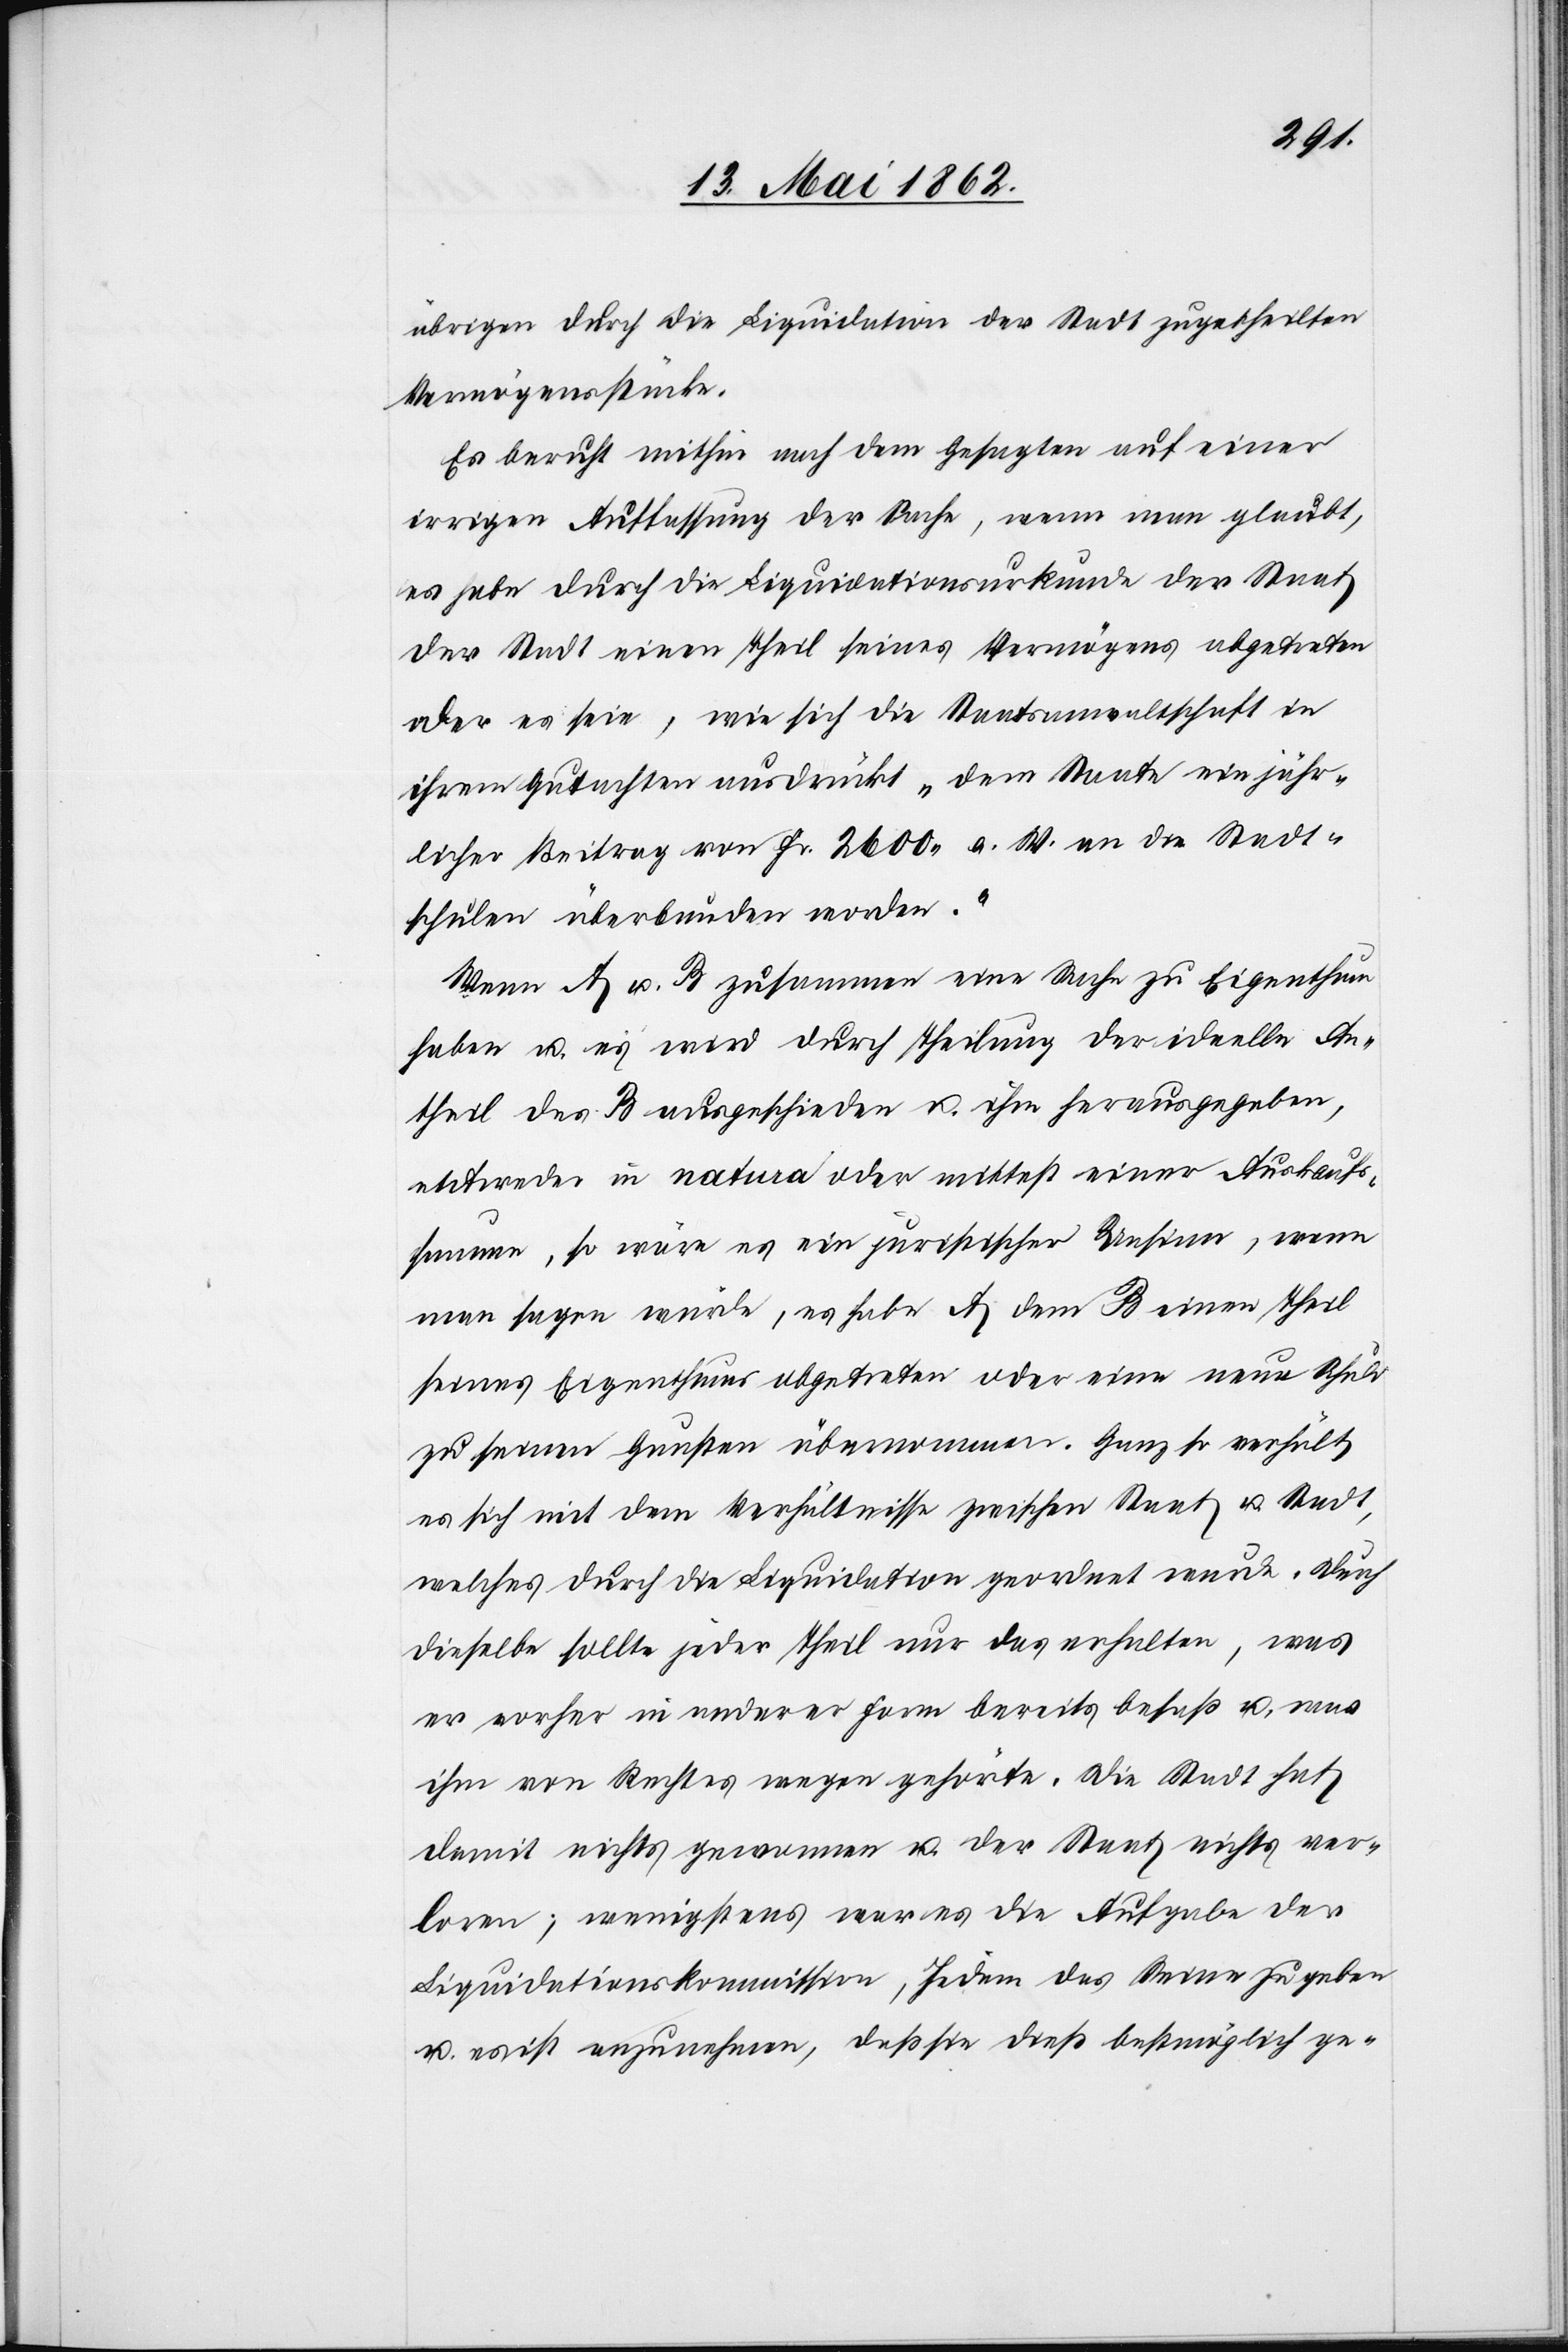
übrigen durch die Liquidation der Stadt zugetheilten
Vermögensstücke.
Es beruht mithin nach dem Gesagten auf einer
irrigen Auffassung der Sache, wenn man glaubt,
es habe durch die Liquidationsurkunde der Staat
der Stadt einen Theil seines Vermögens abgetreten
oder es seie, wie sich die Staatsanwaltschaft in
ihrem Gutachten ausdrückt „dem Staate ein jähr¬
licher Beitrag von Fr. 2600 a. W. an die Stadt¬
schulen überbunden worden.“
Wenn A u. B zusammen eine Sache zu Eigenthum
haben u. es wird durch Theilung der ideelle An¬
theil des B ausgeschieden u. ihm herausgegeben,
entweder in natura oder mittelst einer Auskaufs¬
summe, so wäre es ein juristischer Unsinn, wenn
man sagen würde, es habe A dem B einen Theil
seines Eigenthums abgetreten oder eine neue Schuld
zu seinen Gunsten übernommen. Ganz so verhält
es sich mit dem Verhältnisse zwischen Staat u. Stadt,
welches durch die Liquidation geordnet wurde. Durch
dieselbe sollte jeder Theil nur das erhalten, was
er vorher in anderer Form bereits besaß u. was
ihm von Rechtes wegen gehörte. Die Stadt hat
damit nichts gewonnen u. der Staat nichts ver¬
loren; wenigstens war es die Aufgabe der
Liquidationskommission, Jedem das Seine zu geben
u. es ist anzunehmen, daß sie dieß bestmöglich ge-